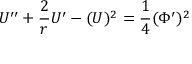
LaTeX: { \cal U } ^ { \prime \prime } + \frac { 2 } { r } { \cal U } ^ { \prime } - ( { \cal U } ) ^ { 2 } = { \frac { 1 } { 4 } } ( \Phi ^ { \prime } ) ^ { 2 }